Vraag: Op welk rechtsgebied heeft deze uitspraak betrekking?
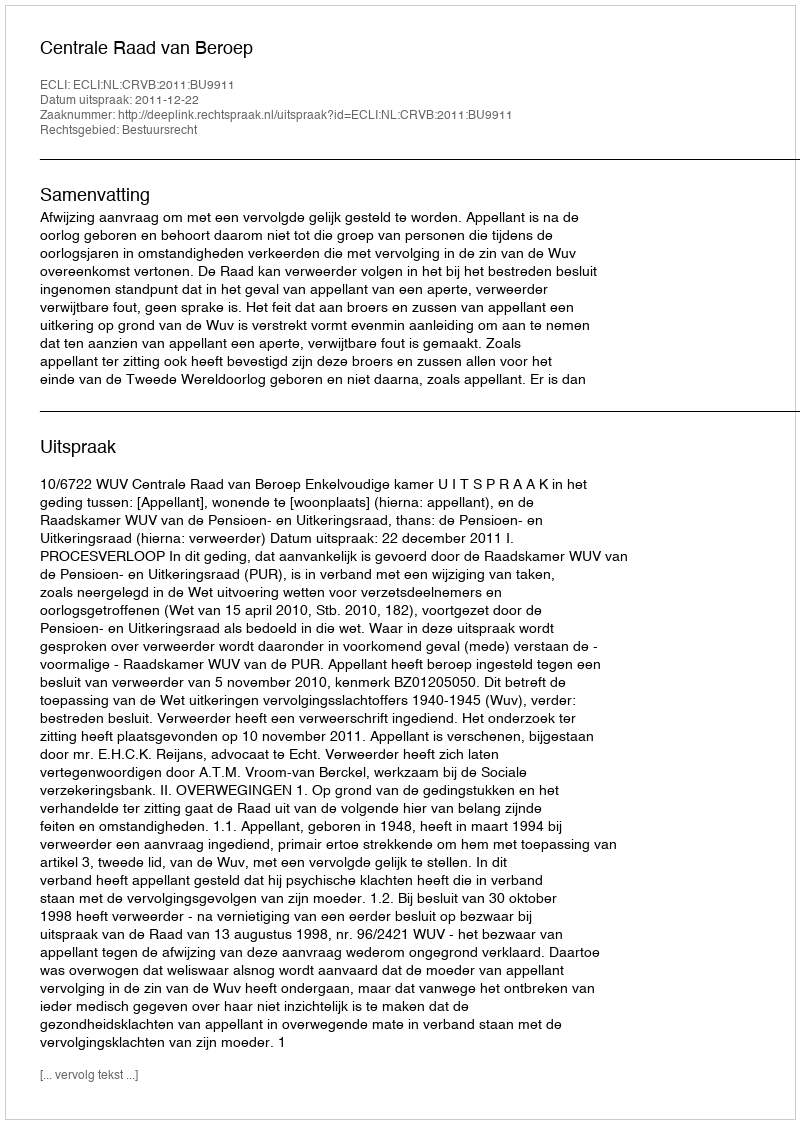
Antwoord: Bestuursrecht